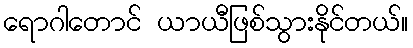
ရောဂါတောင် ယာယီဖြစ်သွားနိုင်တယ်။